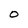
Character: O